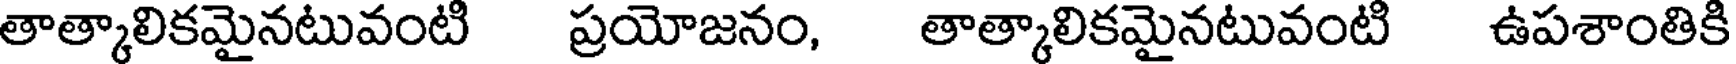
తాత్కాలికమైనటువంటి ప్రయోజనం, తాత్కాలికమైనటువంటి ఉపశాంతికి